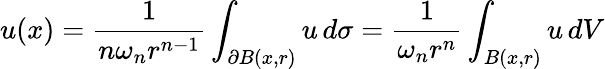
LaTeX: u(x)={\frac{1}{n\omega_{n}r^{n-1}}}\int_{\partial B(x,r)}u\, d\sigma={\frac{1}{\omega_{n}r^{n}}}\int_{B(x,r)}u\, dV